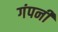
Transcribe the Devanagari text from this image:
गंपनी